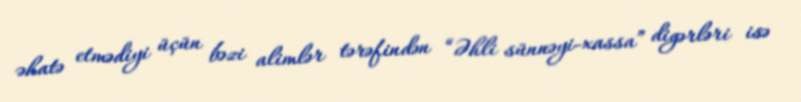
əhatə etmədiyi üçün bəzi alimlər tərəfindən “Əhli sünnəyi-xassa” digərləri isə